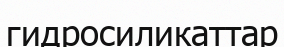
гидросиликаттар